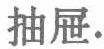
抽屉.